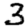
Digit: 3